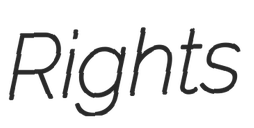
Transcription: Rights